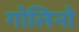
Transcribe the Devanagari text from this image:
गोलिनो